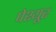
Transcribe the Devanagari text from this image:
पेश्यूर